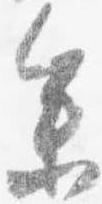
参